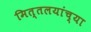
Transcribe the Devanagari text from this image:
मित्तलयांच्या